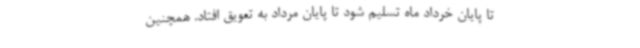
تا پایان خرداد ماه تسلیم شود تا پایان مرداد به تعویق افتاد. همچنین